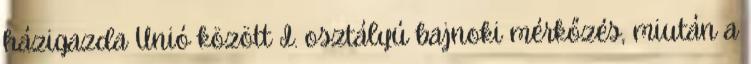
házigazda Unió között I. osztályú bajnoki mérkőzés, miután a